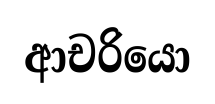
ආචරියො